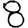
Digit: 8